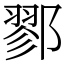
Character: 鄝